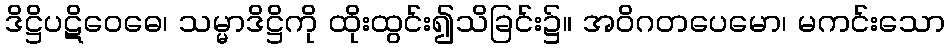
ဒိဋ္ဌိပဋိဝေဓေ၊ သမ္မာဒိဋ္ဌိကို ထိုးထွင်း၍သိခြင်း၌။ အဝိဂတပေမော၊ မကင်းသော